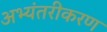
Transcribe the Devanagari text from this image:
अभ्यंतरीकरण